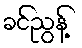
ခင်ညွန့်